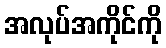
အလုပ်အကိုင်ကို